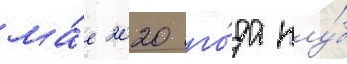
ма́е 2020 го́да клу́б